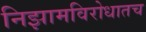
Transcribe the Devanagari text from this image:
निझामविरोधातच